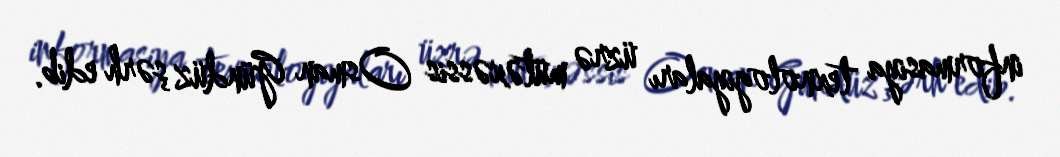
informasiya texnologiyaları üzrə mütəxəssis Osman Gündüz şərh edib.